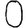
Digit: 0